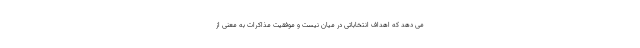
می دهد که اهداف انتخاباتی در میان نیست و موفقیت مذاکرات به معنی از